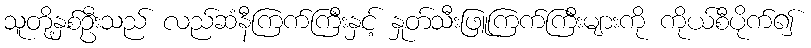
သူတို့နှစ်ဦးသည် လည်ဆံနီကြက်ကြီးနှင့် နှုတ်သီးဖြူကြက်ကြီးများကို ကိုယ်စီပိုက်၍